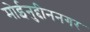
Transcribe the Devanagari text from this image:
मोईनुद्दीननगर